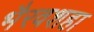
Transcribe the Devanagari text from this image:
भैरवशहा